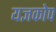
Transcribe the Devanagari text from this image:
यज्ञकोप